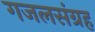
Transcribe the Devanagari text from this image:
गजलसंग्रह